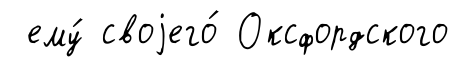
ему́ своjего́ Оксфордского